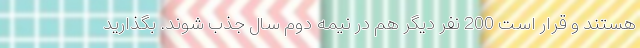
هستند و قرار است 200 نفر دیگر هم در نیمه دوم سال جذب شوند. بگذارید